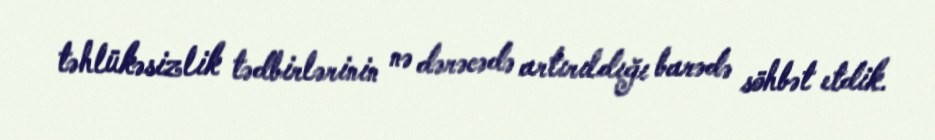
təhlükəsizlik tədbirlərinin nə dərəcədə artırıldığı barədə söhbət etdik.